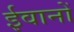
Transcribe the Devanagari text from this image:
ईवानों